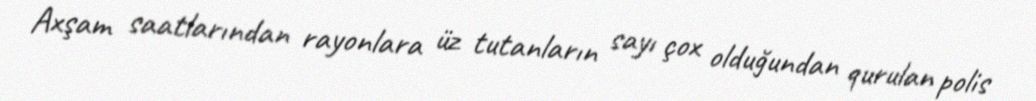
Axşam saatlarından rayonlara üz tutanların sayı çox olduğundan qurulan polis